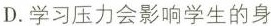
D.学习压力会影响学生的身